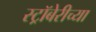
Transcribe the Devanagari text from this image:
स्ट्रॉबेरीच्या